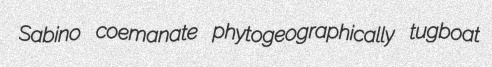
Sabino coemanate phytogeographically tugboat